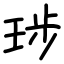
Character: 㻉